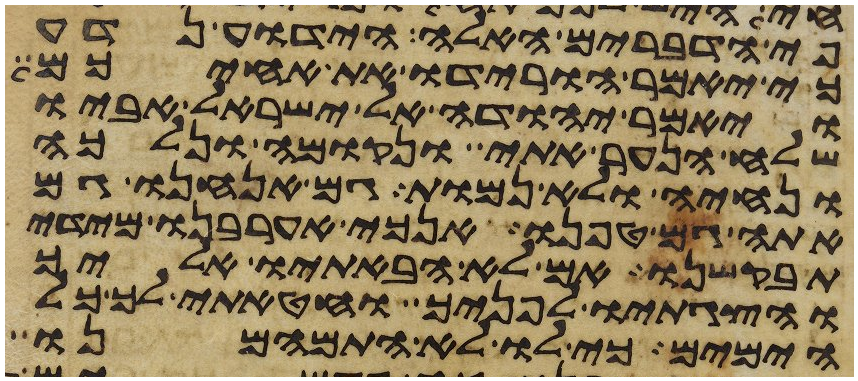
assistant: פי הדברים האלה היודע נדע
כי יאמר הורידו את אחיכם
ויאמר יהודה אל ישראל אביו
שלח הנער אתי ונקומה ונלכה
ונחיה ולא נמות גם אנחנו גם
אתה גם טפנו אנכי אערבנו מידי
תבקשנו אם לא הבאתיו אליך
והצגתיו לפניך וחטאתי לך כל
הימים כי לו לא התמהמנו